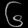
Digit: ၆